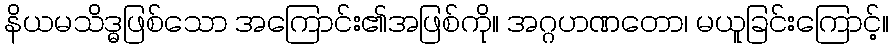
နိယမသိဒ္ဓဖြစ်သော အကြောင်း၏အဖြစ်ကို။ အဂ္ဂဟဏတော၊ မယူခြင်းကြောင့်။